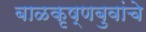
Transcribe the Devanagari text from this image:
बाळकृष्णबुवांचे